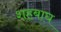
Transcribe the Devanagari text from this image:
शहबाघ